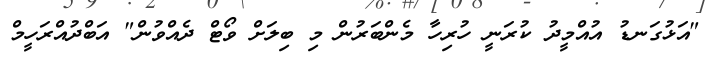
"އަޅުގަނޑު އުއްމީދު ކުރަނީ ހުރިހާ މެންބަރުން މި ބިލަށް ވޯޓް ދެއްވުން" އަބްދުއްރަހީމް